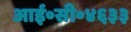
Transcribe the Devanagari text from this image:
आई॰सी॰४६३३